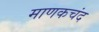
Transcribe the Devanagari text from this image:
माणकचंद